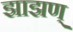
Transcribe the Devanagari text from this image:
झाझण्